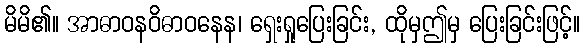
မိမိ၏။ အာဓာဝနဝိဓာဝနေန၊ ရှေးရှုပြေးခြင်း, ထိုမှဤမှ ပြေးခြင်းဖြင့်။